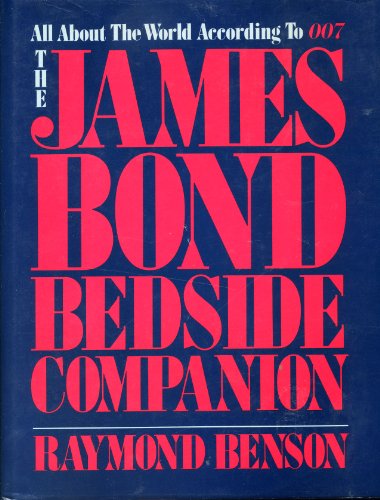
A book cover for The James Bond Bedside Companion: All About the World According to 007; Raymond Benson; Humor & Entertainment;